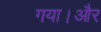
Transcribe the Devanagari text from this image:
गया।और